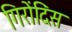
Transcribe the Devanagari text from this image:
गिरोंदिंस